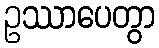
ဥဿာပေတွာ